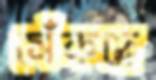
সেঁকছে